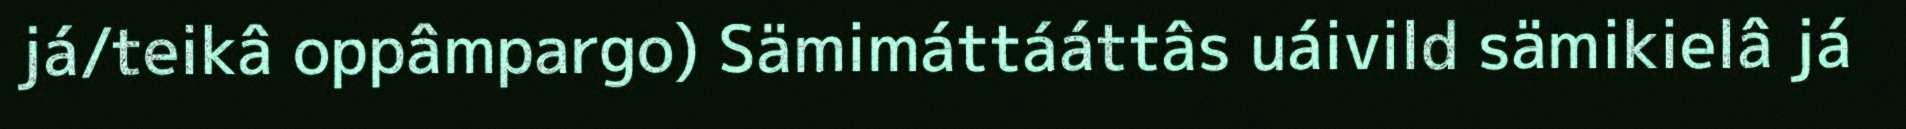
já/teikâ oppâmpargo) Sämimáttááttâs uáivild sämikielâ já